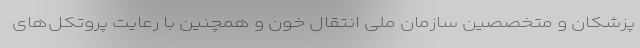
پزشکان و متخصصین سازمان ملی انتقال خون و همچنین با رعایت پروتکل‌های